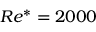
R e ^ { * } = 2 0 0 0